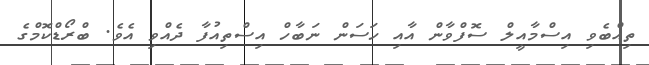
ތިއްބެވި އިސްމާއީލް ސޮފްވާން އާއި ހަސަން ނަބާހް އިސްތިއުފާ ދެއްވި އެވެ. ބްރޯޑްކޮމްގެ